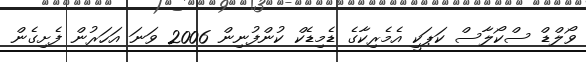
ވޯލްޑް ސްކޯލާސް ކަޕަކީ އެމެރިކާގެ ޑެމިޑެކް ކުންފުނިން 2006 ވަނަ އަހަރުން ފެށިގެން